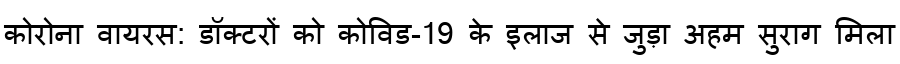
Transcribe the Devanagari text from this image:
कोरोना वायरस: डॉक्टरों को कोविड-19 के इलाज से जुड़ा अहम सुराग मिला